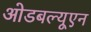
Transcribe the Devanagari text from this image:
ओडबल्यूएन